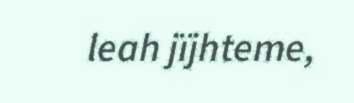
leah jïjhteme,